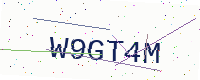
Text: W9GT4M